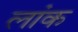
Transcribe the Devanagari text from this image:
लांक